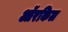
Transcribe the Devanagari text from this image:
ऑरकिल